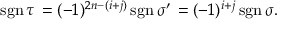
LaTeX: \operatorname { s g n } \tau \, = ( - 1 ) ^ { 2 n - ( i + j ) } \operatorname { s g n } \sigma ^ { \prime } \, = ( - 1 ) ^ { i + j } \operatorname { s g n } \sigma .